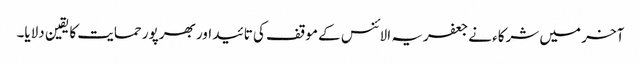
آخر میں شرکاء نے جعفریہ الائنس کے موقف کی تائید اور بھرپور حمایت کا یقین دلایا۔